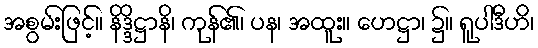
အစွမ်းဖြင့်။ နိဒ္ဒိဋ္ဌာနိ၊ ကုန်၏၊ ပန၊ အထူး။ ဟေဋ္ဌာ၊ ၌။ ရူပါဒီဟိ၊